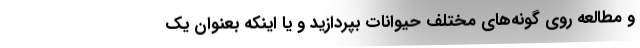
و مطالعه روی گونه‌های مختلف حیوانات بپردازید و یا اینکه بعنوان یک